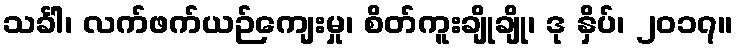
သင်္ခါ၊ လက်ဖက်ယဉ်ကျေးမှု၊ စိတ်ကူးချိုချို၊ ဒု နှိပ်၊ ၂၀၁၇။